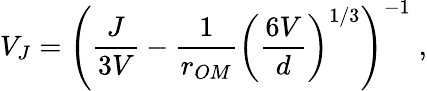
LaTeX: V_{J}=\left(\frac{J}{3V}-\frac{1}{r_{OM}}\left(\frac{6V}{d}\right)^{1/3}\right)^{-1}\; ,